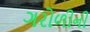
ગરોળીની